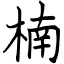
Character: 楠